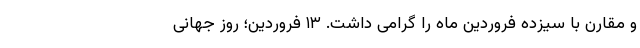
و مقارن با سیزده فروردین ماه را گرامی داشت. ۱۳ فروردین؛ روز جهانی